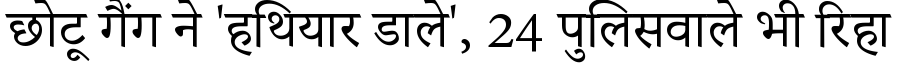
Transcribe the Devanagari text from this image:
छोटू गैंग ने 'हथियार डाले', 24 पुलिसवाले भी रिहा